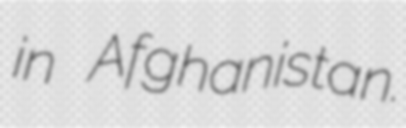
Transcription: in Afghanistan.